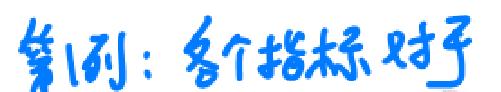
第1列：各个指标对于